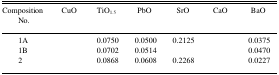
<table><thead><tr><td><b>Composition No.</b></td><td><b>CuO</b></td><td><b>TiO<sub>1.5</sub></b></td><td><b>PbO</b></td><td><b>SrO</b></td><td><b>CaO</b></td><td><b>BaO</b></td></tr></thead><tbody><tr><td>1A</td><td>[EMPTY_CELL]</td><td>0.0750</td><td>0.0500</td><td>0.2125</td><td>[EMPTY_CELL]</td><td>0.0375</td></tr><tr><td>1B</td><td>[EMPTY_CELL]</td><td>0.0702</td><td>0.0514</td><td>[EMPTY_CELL]</td><td>[EMPTY_CELL]</td><td>0.0470</td></tr><tr><td>2</td><td>[EMPTY_CELL]</td><td>0.0868</td><td>0.0608</td><td>0.2268</td><td>[EMPTY_CELL]</td><td>0.0227</td></tr></tbody></table>